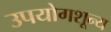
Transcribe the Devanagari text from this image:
उपयोगशून्य